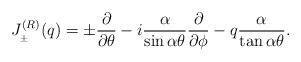
LaTeX: \begin{align*}J_{_{\pm}}^{(R)}(q)=\pm \frac{\partial}{\partial\theta}-i\frac{\alpha}{\sin\alpha\theta}\frac{\partial}{\partial\phi}-q\frac{\alpha}{\tan\alpha\theta}.\end{align*}